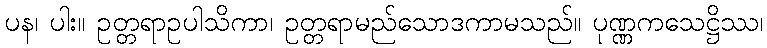
ပန၊ ပါး။ ဥတ္တရာဥပါသိကာ၊ ဥတ္တရာမည်သောဒကာမသည်။ ပုဏ္ဏကသေဋ္ဌိဿ၊